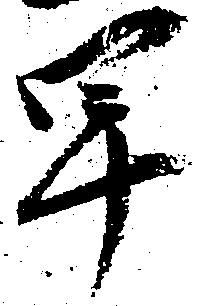
早